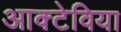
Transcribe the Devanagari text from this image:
आक्टेविया